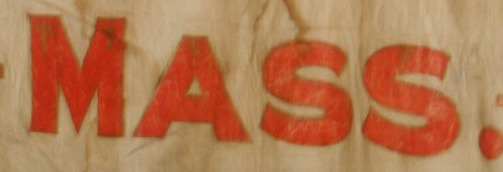
MASS.